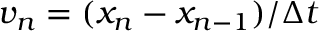
v _ { n } = ( x _ { n } - x _ { n - 1 } ) / \Delta t